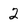
Character: 2